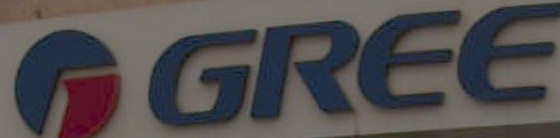
GGREE